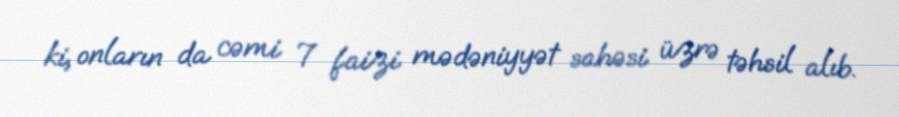
ki, onların da cəmi 7 faizi mədəniyyət sahəsi üzrə təhsil alıb.